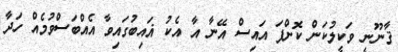
ޤާނޫނީ ވަކީލުކަން ކޮށްފަ އައިސް އޭނާ އާ އެކު ޣައިބުގައިވާ އެއްބަސްްވުމެއް ހަދާ